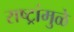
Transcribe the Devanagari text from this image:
राष्ट्रांमुळे